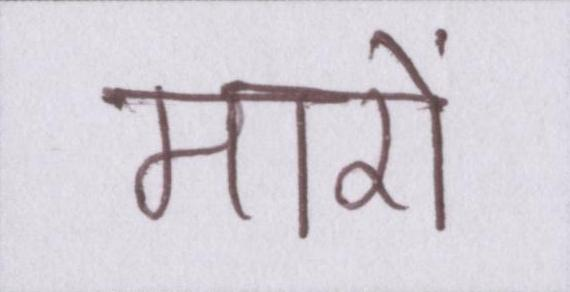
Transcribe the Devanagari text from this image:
मारों